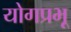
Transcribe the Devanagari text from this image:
योगप्रभू